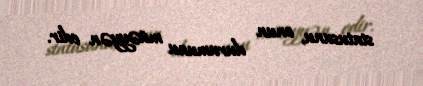
statusunu, onun durumunu müəyyən edir.